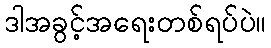
ဒါအခွင့်အရေးတစ်ရပ်ပဲ။